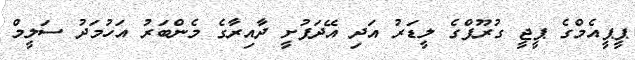
ޕީޕީއެމްގެ ޕީޖީ ގުރޫޕްގެ ލީޑަރު އަދި އޭދަފުށީ ދާއިރާގެ މެންބަރު އަހުމަދު ސަލީމް